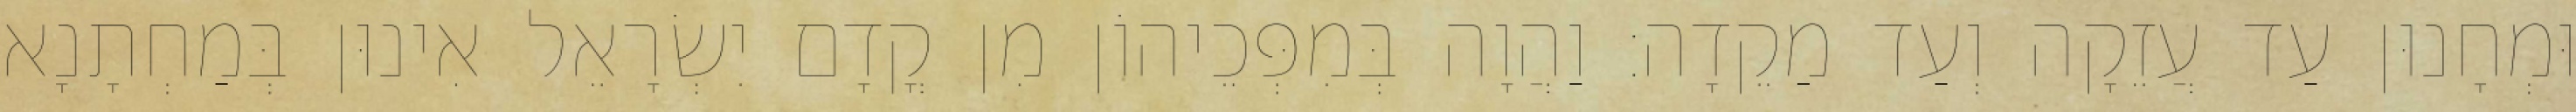
וּמְחָנוּן עַד עֲזֵקָה וְעַד מַקֵדָה׃ וַהֲוָה בְּמִפְּכֵיהוֹן מִן קֳדָם יִשְׂרָאֵל אִינוּן בְּמַחְתָנָא